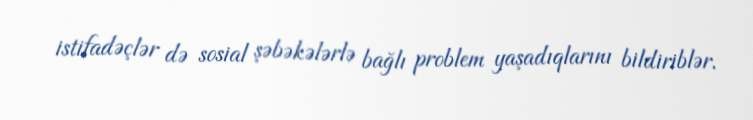
istifadəçlər də sosial şəbəkələrlə bağlı problem yaşadıqlarını bildiriblər.